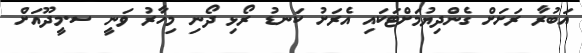
އަބުރާ ރަށަށް ގެންދިޔުމަށްޓަކައި އެރަށު ކަނޑު ރޯޅި ދޯނި މިހާރު ވަނީ ސ.މީދޫއަށް